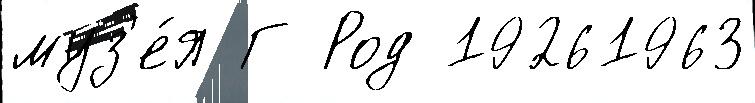
муз'е́я Г Род 19261963